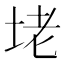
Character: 𡋎